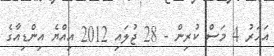
އަހަރު 4 މަސް ކުރިން - 28 ޖުލައި 2012 އިއްޔެ އިންޑިއާގެ